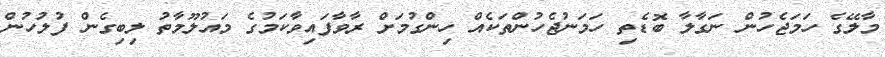
މާލޭގެ ހަމަޖެހުން ނަގާލާ ބޮޑެތި ހަމަނުޖެހުންތަކެއް ހިންގުމަށް ރާވާފައިވާކަމުގެ މައުލޫމާތު ލިބިގެން ފުލުހުން